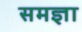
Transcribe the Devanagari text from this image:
समज्ञा